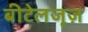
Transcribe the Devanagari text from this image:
बीटेलजूज़